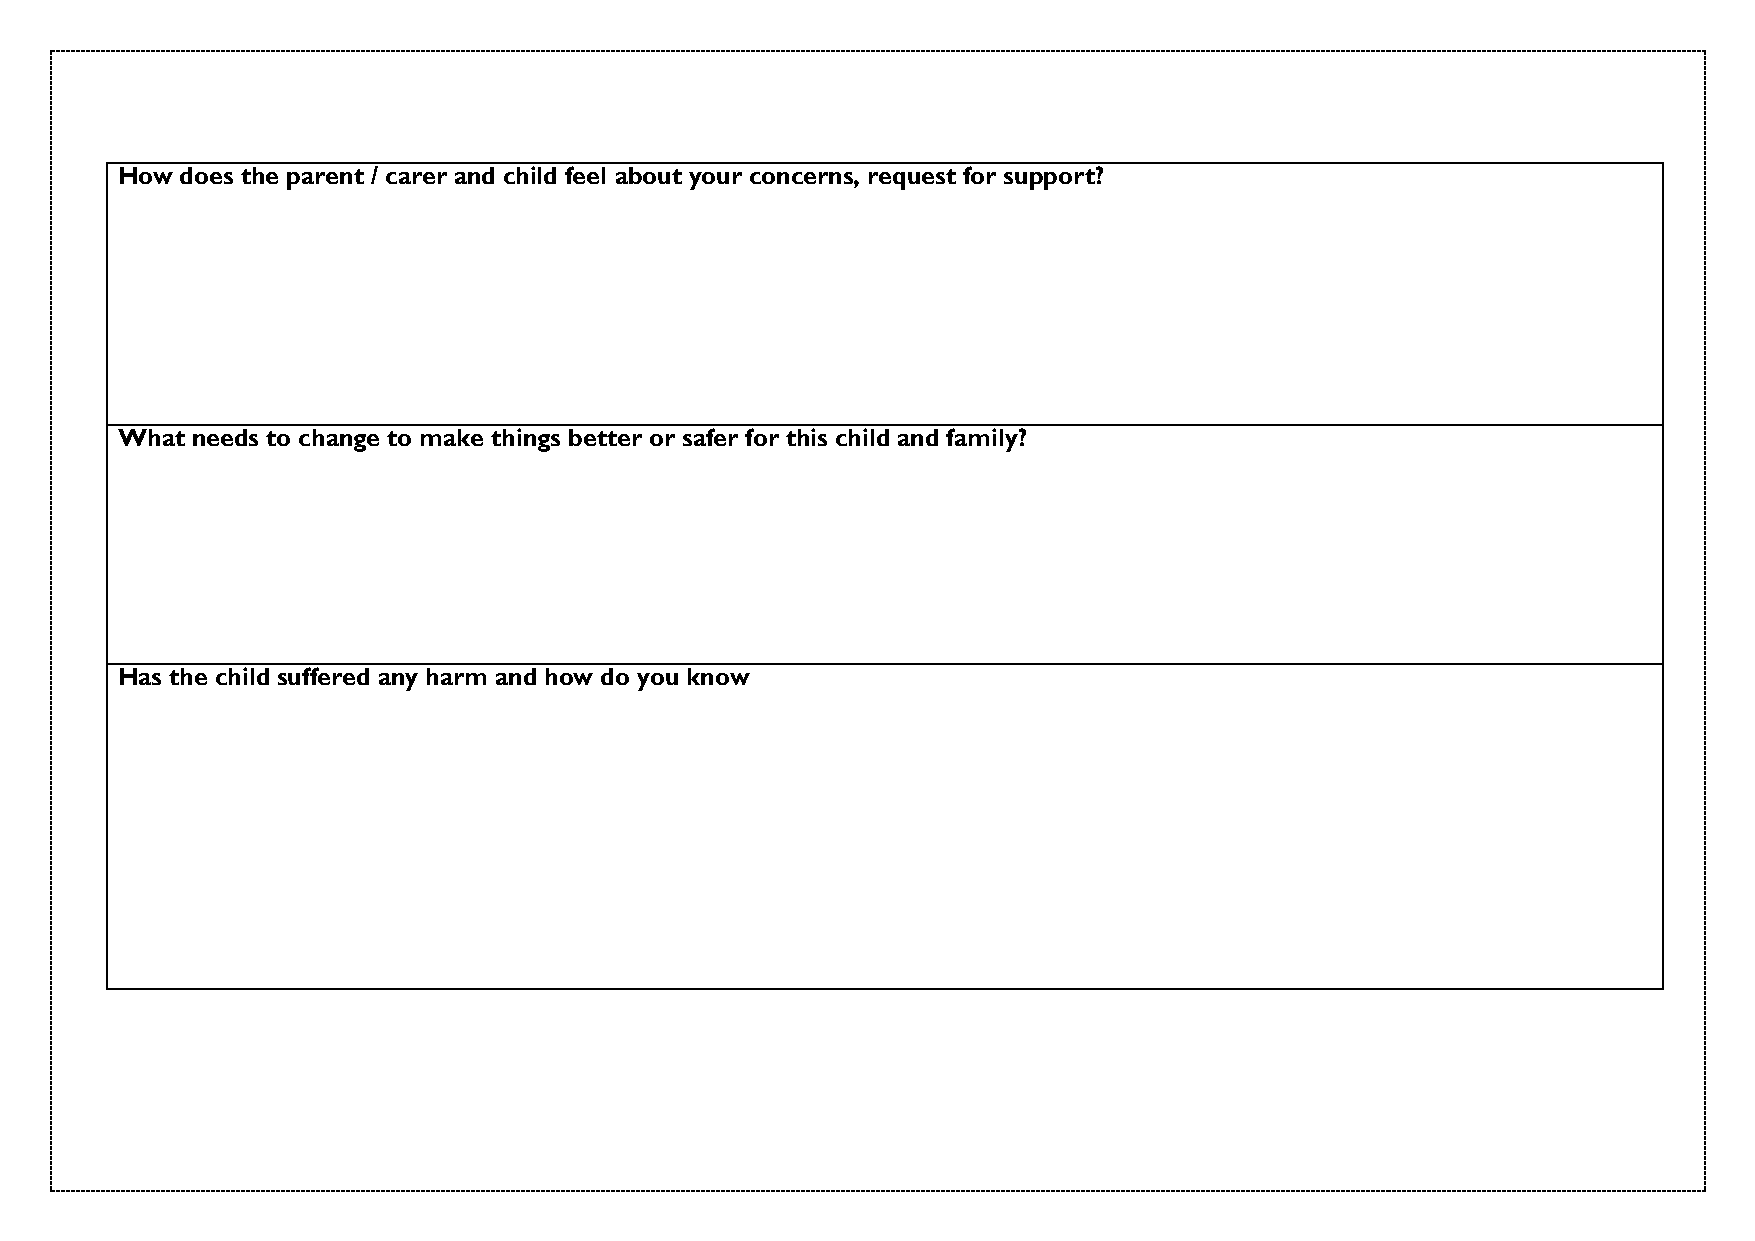
How does the parent / carer and child feel about your concerns, request for support?
 What needs to change to make things better or safer for this child and family?
 Has the child suffered any harm and how do you know